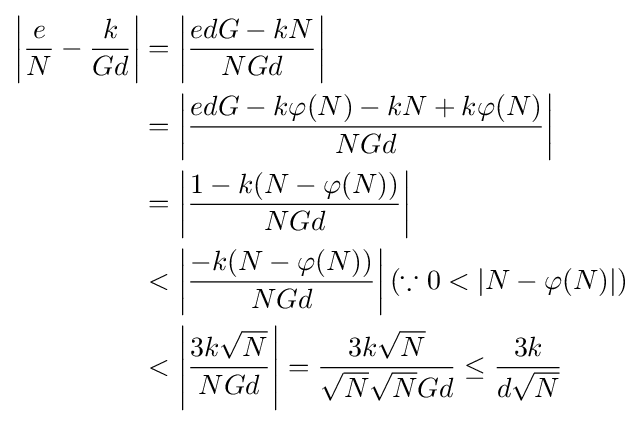
{\begin{aligned}\left\vert {\frac {e}{N}}-{\frac {k}{Gd}}\right\vert &=\left\vert {\frac {edG-kN}{NGd}}\right\vert \\&=\left\vert {\frac {edG-k\varphi (N)-kN+k\varphi (N)}{NGd}}\right\vert \\&=\left\vert {\frac {1-k(N-\varphi (N))}{NGd}}\right\vert \\&<\left\vert {\frac {-k(N-\varphi (N))}{NGd}}\right\vert (\because 0<|N-\varphi (N)|)\\&<\left\vert {\frac {3k{\sqrt {N}}}{NGd}}\right\vert ={\frac {3k{\sqrt {N}}}{{\sqrt {N}}{\sqrt {N}}Gd}}\leq {\frac {3k}{d{\sqrt {N}}}}\end{aligned}}